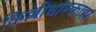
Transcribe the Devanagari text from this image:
किल्लीधारकास